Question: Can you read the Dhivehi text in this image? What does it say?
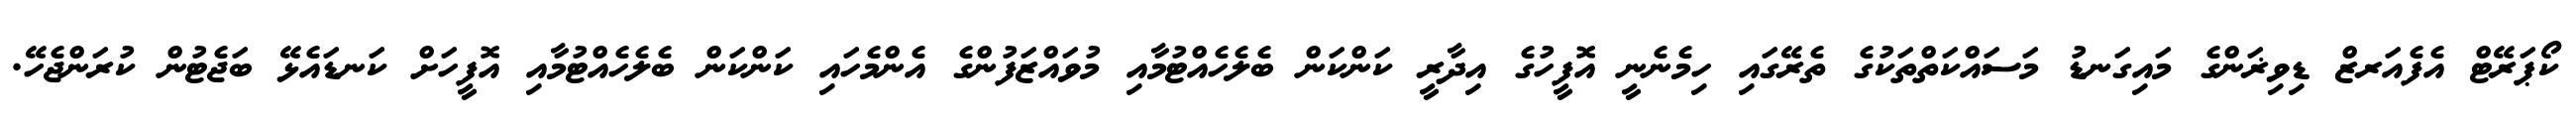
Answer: ކޯޕަރޭޓް އެފެއަރޒް ޑިވިޜަންގެ މައިގަނޑު މަސައްކަތްތަކުގެ ތެރޭގައި ހިމެނެނީ އޮފީހުގެ އިދާރީ ކަންކަން ބެލެހެއްޓުމާއި މުވައްޒަފުންގެ އެންމެހައި ކަންކަން ބެލެހެއްޓުމާއި އޮފީހަށް ކަނޑައެޅޭ ބަޖެޓުން ކުރަންޖެހޭ.